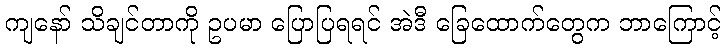
ကျနော် သိချင်တာကို ဥပမာ ပြောပြရရင် အဲဒီ ခြေထောက်တွေက ဘာကြောင့်